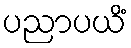
ပညာပယိံ